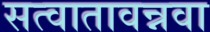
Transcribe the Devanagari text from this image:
सत्वातावन्नवा